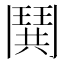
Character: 鬨